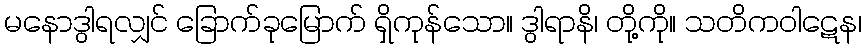
မနောဒွါရလျှင် ခြောက်ခုမြောက် ရှိကုန်သော။ ဒွါရာနိ၊ တို့ကို။ သတိကဝါဋေန၊